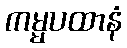
ကမ္မပထာနံ